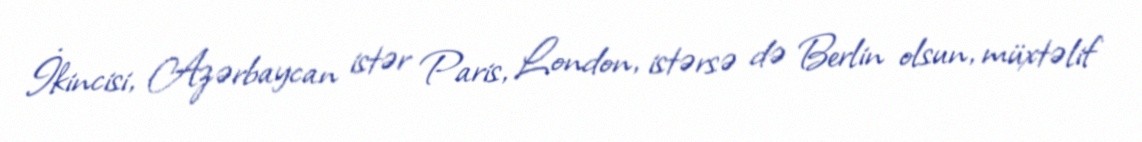
İkincisi, Azərbaycan istər Paris, London, istərsə də Berlin olsun, müxtəlif